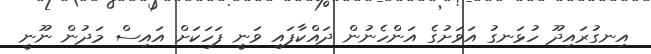
އިނގުރައިދޫ ހުޅަނގު އަވަށުގެ އަންހެނުން ދައްކާފައި ވަނީ ފަހަކަށް އައިސް މަދުން ނޫނީ